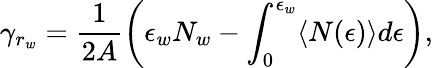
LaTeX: \gamma_{r_{w}}=\frac{1}{2A}\left(\epsilon_{w}N_{w}-\int_{0}^{\epsilon_{w}}\langle N(\epsilon)\rangle d\epsilon\right),